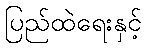
ပြည်ထဲရေးနှင့်